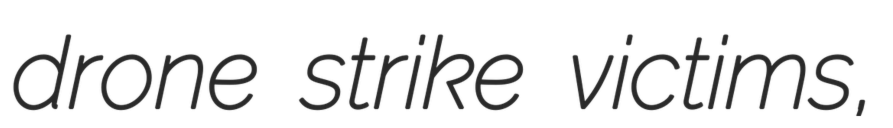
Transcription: drone strike victims,